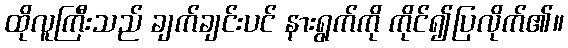
ထိုလူကြီးသည် ချက်ချင်းပင် နားရွက်ကို ကိုင်၍ပြလိုက်၏။